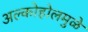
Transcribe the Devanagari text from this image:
अल्कोहोलमुळे